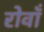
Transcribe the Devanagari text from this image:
रोवाँ